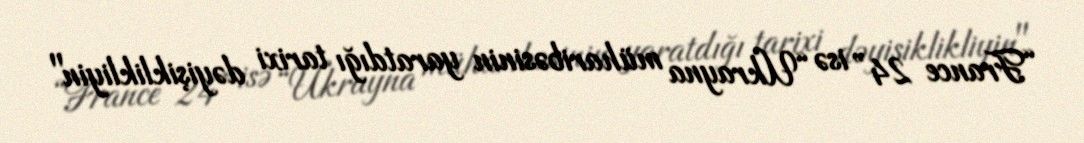
“France 24” isə “Ukrayna müharibəsinin yaratdığı tarixi dəyişiklikliyin"